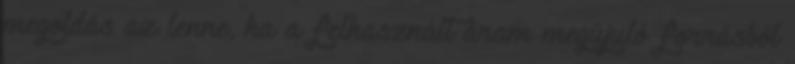
megoldás az lenne, ha a felhasznált áram megújuló forrásból